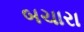
બચારા